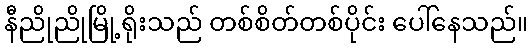
နီညိုညိုမြို့ရိုးသည် တစ်စိတ်တစ်ပိုင်း ပေါ်နေသည်။